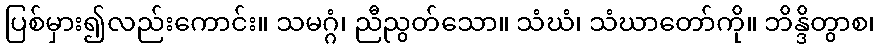
ပြစ်မှား၍လည်းကောင်း။ သမဂ္ဂံ၊ ညီညွတ်သော။ သံဃံ၊ သံဃာတော်ကို။ ဘိန္ဒိတွာစ၊